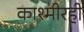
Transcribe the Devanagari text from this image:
काश्मीरही